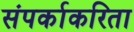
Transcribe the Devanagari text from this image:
संपर्काकरिता